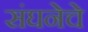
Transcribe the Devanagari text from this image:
संघनेचे